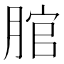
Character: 𦜐